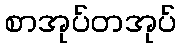
စာအုပ်တအုပ်